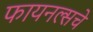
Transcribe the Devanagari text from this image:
फायनल्सचे